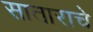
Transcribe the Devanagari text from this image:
साताराचे